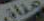
خلاف